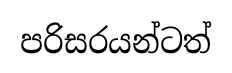
පරිසරයන්ටත්